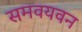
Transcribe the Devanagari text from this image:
समवयवन